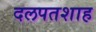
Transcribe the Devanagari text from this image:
दलपतशाह